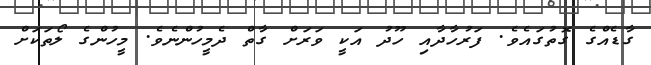
ގާޑެއްގެ ގޮތުގައެވެ. ފަރުހާދާއި ހޫދު އަކީ ވަރަށް ގާތް ދެމީހުންނެވެ. މީހުންގެ ލޯތަކަށް